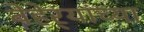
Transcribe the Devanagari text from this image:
बेहेर्‍यांच्या